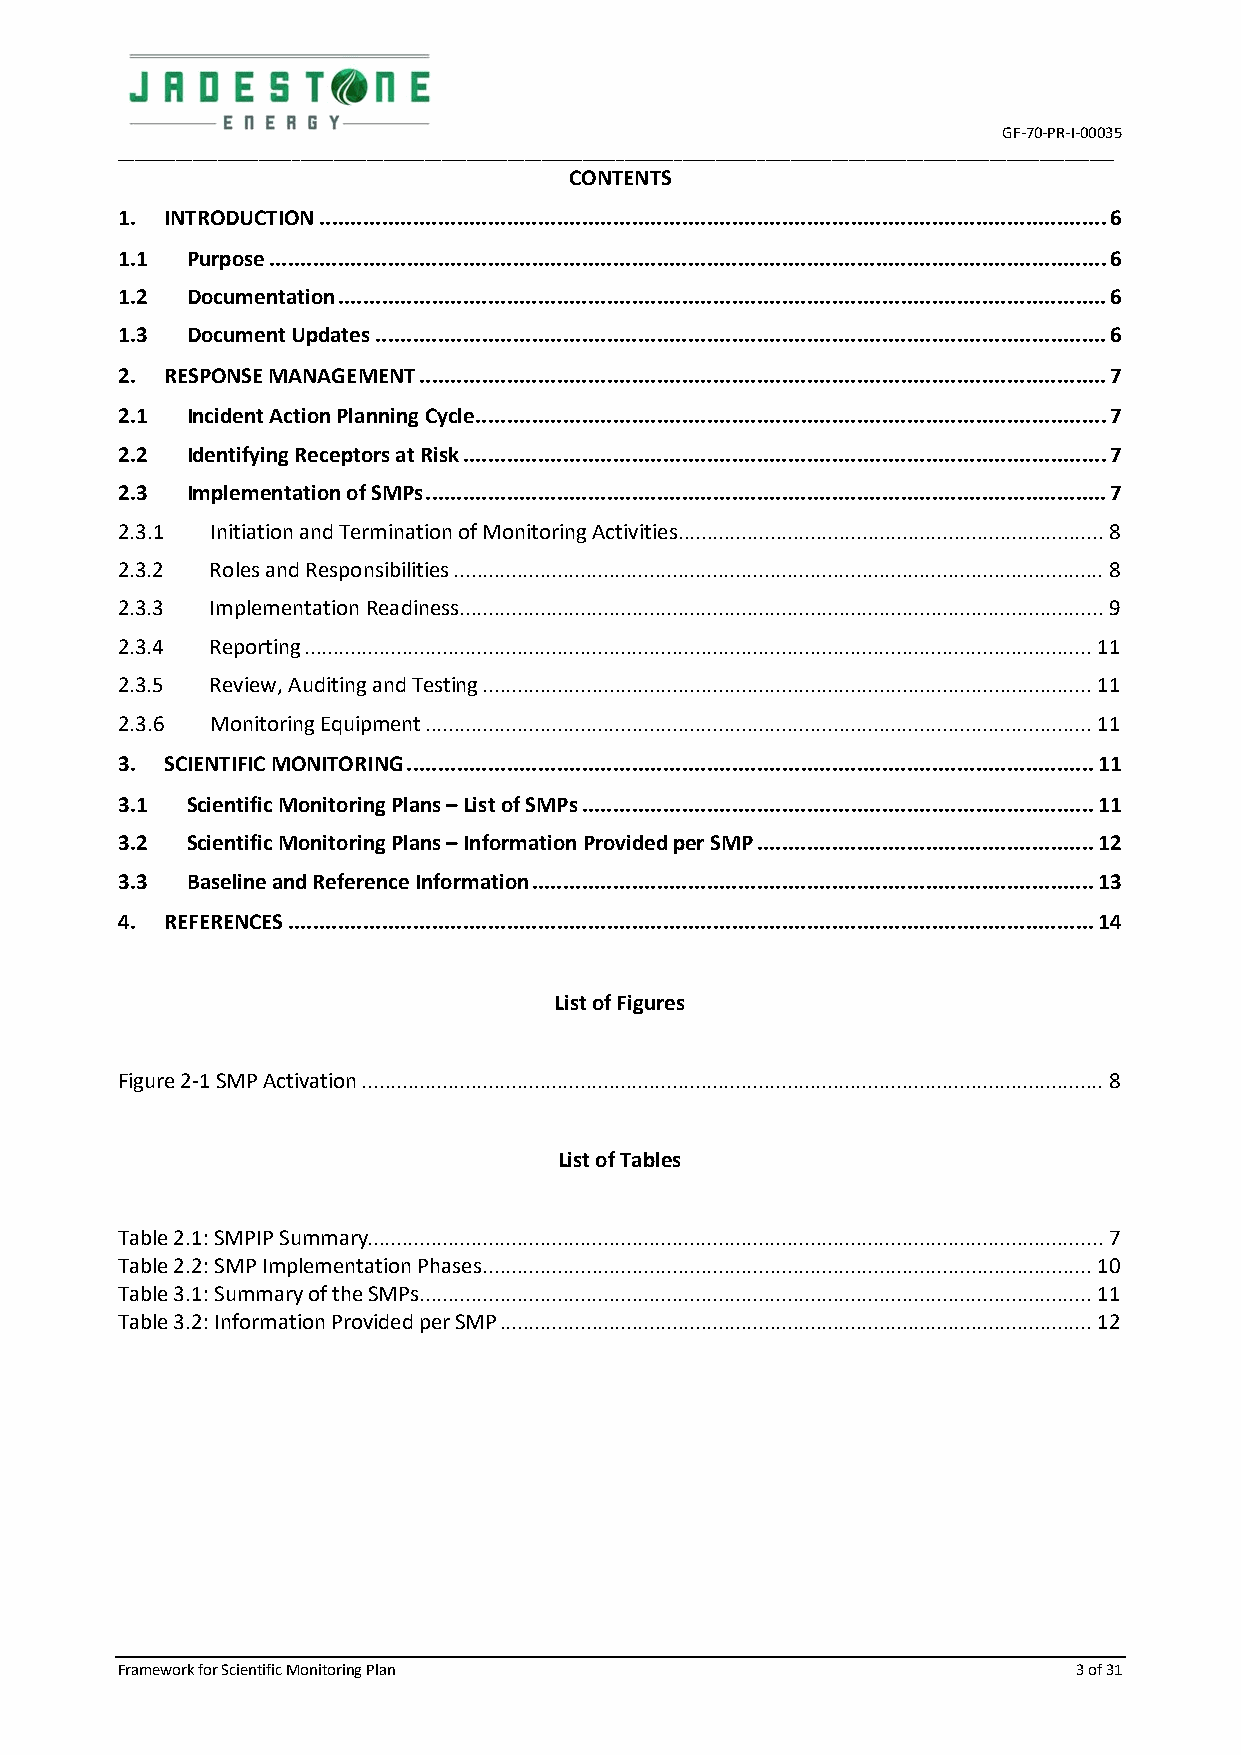
GF-70-PR-I-00035
 ________________________________________________________________________________________________________________________
 CONTENTS
 1. INTRODUCTION .............................................................................................................................. 6
 1.1 Purpose ...................................................................................................................................... 6
 1.2 Documentation ........................................................................................................................... 6
 1.3 Document Updates ..................................................................................................................... 6
 2. RESPONSE MANAGEMENT .............................................................................................................. 7
 2.1 Incident Action Planning Cycle ..................................................................................................... 7
 2.2 Identifying Receptors at Risk ....................................................................................................... 7
 2.3 Implementation of SMPs ............................................................................................................. 7
 2.3.1 Initiation and Termination of Monitoring Activities .......................................................................... 8
 2.3.2 Roles and Responsibilities ................................................................................................................. 8
 2.3.3 Implementation Readiness ................................................................................................................ 9
 2.3.4 Reporting ......................................................................................................................................... 11
 2.3.5 Review, Auditing and Testing .......................................................................................................... 11
 2.3.6 Monitoring Equipment .................................................................................................................... 11
 3. SCIENTIFIC MONITORING .............................................................................................................. 11
 3.1 Scientific Monitoring Plans – List of SMPs .................................................................................. 11
 3.2 Scientific Monitoring Plans – Information Provided per SMP ...................................................... 12
 3.3 Baseline and Reference Information .......................................................................................... 13
 4. REFERENCES ................................................................................................................................. 14
 List of Figures
 Figure 2-1 SMP Activation ................................................................................................................................. 8
 List of Tables
 Table 2.1: SMPIP Summary ................................................................................................................................ 7
 Table 2.2: SMP Implementation Phases .......................................................................................................... 10
 Table 3.1: Summary of the SMPs..................................................................................................................... 11
 Table 3.2: Information Provided per SMP ....................................................................................................... 12
 Framework for Scientific Monitoring Plan                       3 of 31